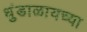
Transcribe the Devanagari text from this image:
धुंडाळायच्या